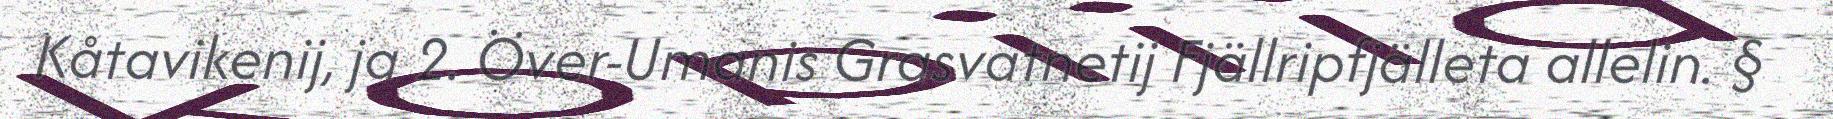
Kåtavikenij, ja 2. Över-Umanis Grasvatnetij Fjällripfjälleta allelin. §